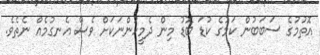
އޮތުމުގެ ސަބަބުން ކަމުގެ ކުޑަ ބޮޑު މިން ދެމީހުންނަކަށް ވެސް އެނގުމެއް ނެތެވެ.